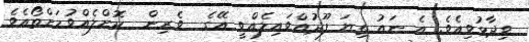
ވިދާޅުވިއެވެ. އެ ނައު ތިޔަ ފޫދުއްވައިލެއްވީ އޭގެ  ވެރިން  ކޮށްލެއްވުމަށްތޯއެވެ